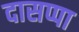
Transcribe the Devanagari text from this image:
दासप्पा